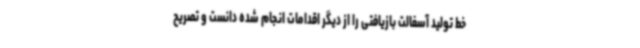
خط تولید آسفالت بازیافتی را از دیگر اقدامات انجام شده دانست و تصریح